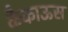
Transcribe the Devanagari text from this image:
कैकाऊस